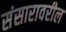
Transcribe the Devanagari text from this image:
संसारावरील